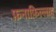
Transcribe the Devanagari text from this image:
फ़नाफ़िल्लाह